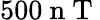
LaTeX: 500\mathrm{~n~T~}